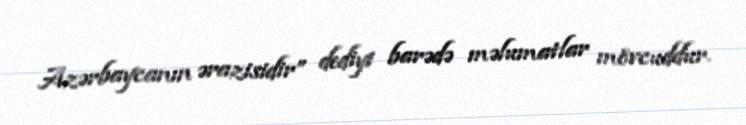
Azərbaycanın ərazisidir” dediyi barədə məlumatlar mövcuddur.